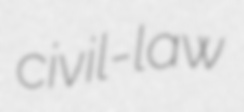
civil-law